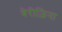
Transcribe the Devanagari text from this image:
बेरीज़िना